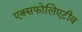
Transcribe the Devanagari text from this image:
एक्सफोलिएटीव